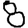
Digit: 8